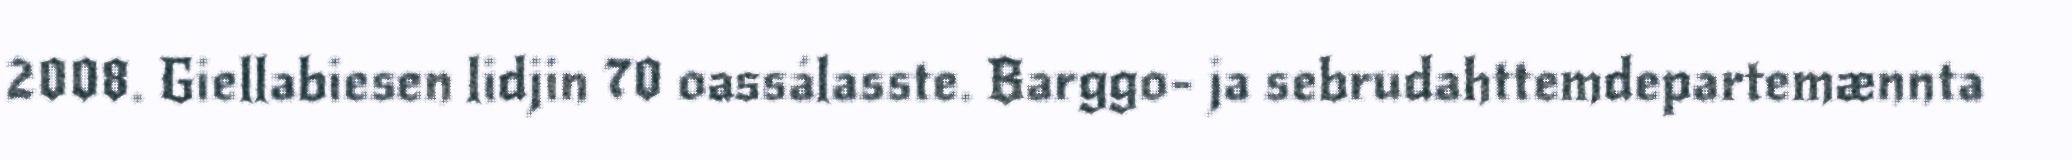
2008. Giellabiesen lidjin 70 oassálasste. Barggo- ja sebrudahttemdepartemænnta